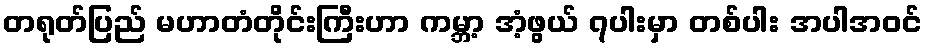
တရုတ်ပြည် မဟာတံတိုင်းကြီးဟာ ကမ္ဘာ့ အံ့ဖွယ် ၇ပါးမှာ တစ်ပါး အပါအဝင်